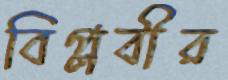
বিপ্লবীর